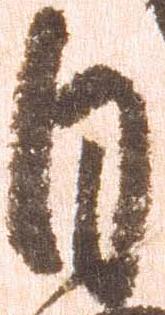
自